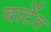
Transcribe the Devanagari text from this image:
वाटेंत